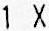
1 X